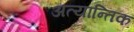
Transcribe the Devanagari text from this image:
अत्यान्तिक